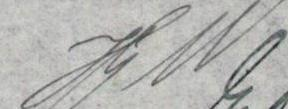
J. W.